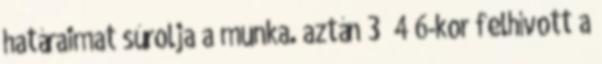
határaimat súrolja a munka. aztán 3 4 6-kor felhívott a